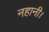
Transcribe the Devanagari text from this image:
नहानी।